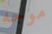
موجه